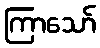
ကြာသော်